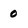
Character: 0